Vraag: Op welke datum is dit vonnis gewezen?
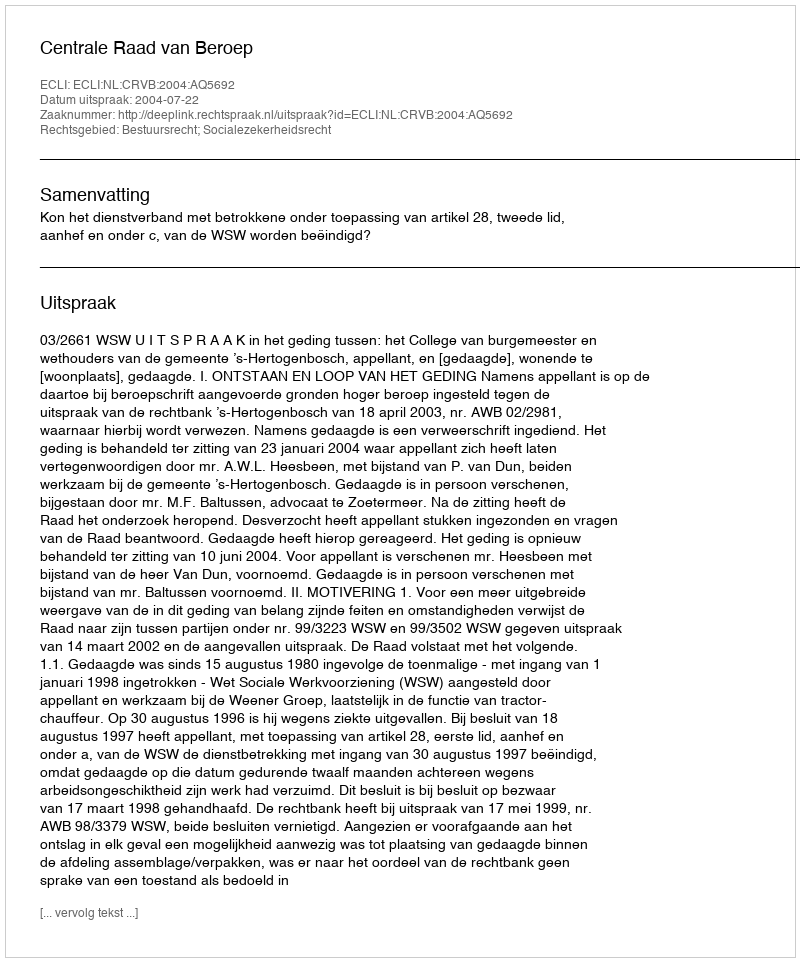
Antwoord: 2004-07-22